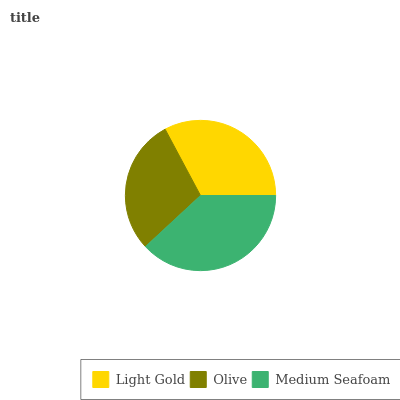
| Light Gold | Olive | Medium Seafoam |
 | --- | --- | --- |
 | 32.8% | 29.1% | 38.1% |